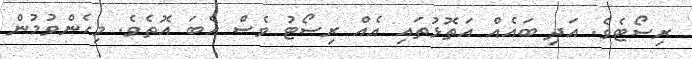
ރިސޯޓެވެ. އަދި ބައެއް އަތޮޅުތައި އެއް ރިސޯޓު ވެސް އެބަ އޮތެވެ. މިހެންވުމުން